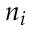
n _ { i }